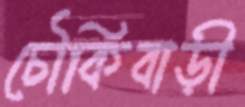
চৌকিবাড়ী